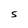
Character: S